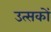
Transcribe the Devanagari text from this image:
उत्सकों